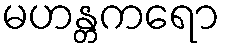
မဟန္တကရော